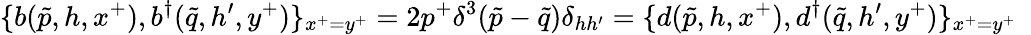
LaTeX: \{ b(\tilde{p},h,x^{+}),b^{\dagger}(\tilde{q},h^{\prime},y^{+})\} _{x^{+}=y^{+}}=2p^{+}\delta^{3}(\tilde{p}-\tilde{q})\delta_{hh^{\prime}}=\{ d(\tilde{p},h,x^{+}),d^{\dagger}(\tilde{q},h^{\prime},y^{+})\} _{x^{+}=y^{+}}~~